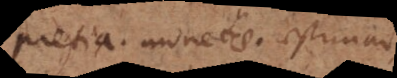
pretia, monetae, aestimatio.